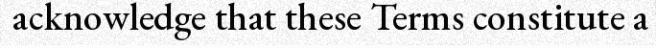
acknowledge that these Terms constitute a